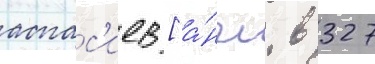
аспас'иев [а́нгл. в 327